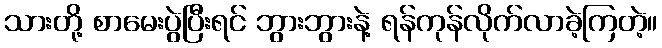
သားတို့ စာမေးပွဲပြီးရင် ဘွားဘွားနဲ့ ရန်ကုန်လိုက်လာခဲ့ကြတဲ့။